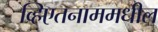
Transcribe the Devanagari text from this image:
व्हिएतनाममधील